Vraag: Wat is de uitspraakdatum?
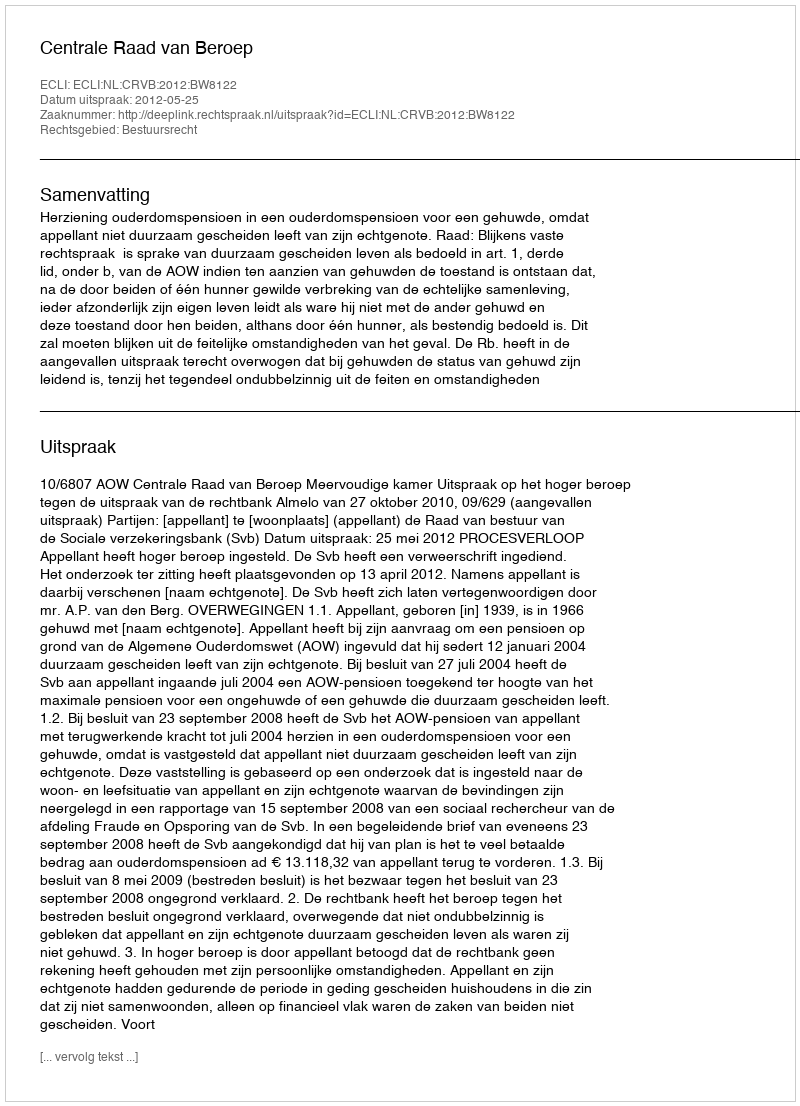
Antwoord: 2012-05-25